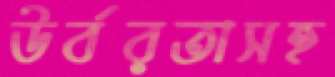
উর্বরতাসহ